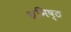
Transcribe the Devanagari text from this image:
भ्रमिष्ठ